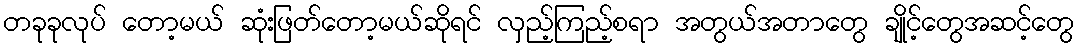
တခုခုလုပ် တော့မယ် ဆုံးဖြတ်တော့မယ်ဆိုရင် လှည့်ကြည့်စရာ အတွယ်အတာတွေ ချိုင့်တွေအဆင့်တွေ